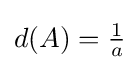
d(A)={\tfrac {1}{a}}